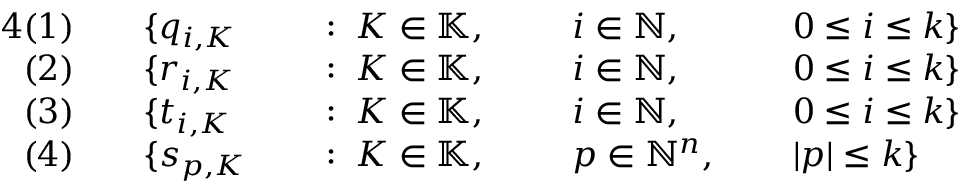
\begin{array} { r l r l r l r l } { { 4 } ( 1 ) \quad } & { { } \{ q _ { i , K } } & { } & { { } : \; K \in \mathbb { K } , \; \; } & { } & { { } i \in \mathbb { N } , \; } & { } & { { } 0 \leq i \leq k \} } \\ { ( 2 ) \quad } & { { } \{ r _ { i , K } } & { } & { { } : \; K \in \mathbb { K } , \; \; } & { } & { { } i \in \mathbb { N } , \; } & { } & { { } 0 \leq i \leq k \} } \\ { ( 3 ) \quad } & { { } \{ t _ { i , K } } & { } & { { } : \; K \in \mathbb { K } , \; \; } & { } & { { } i \in \mathbb { N } , \; } & { } & { { } 0 \leq i \leq k \} } \\ { ( 4 ) \quad } & { { } \{ s _ { p , K } } & { } & { { } : \; K \in \mathbb { K } , \; \; } & { } & { { } p \in \mathbb { N } ^ { n } , \; } & { } & { { } | p | \leq k \} } \end{array}